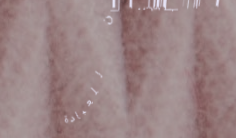
مسجد النور: مكان للعبادة